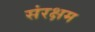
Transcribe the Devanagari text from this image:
संरक्षम